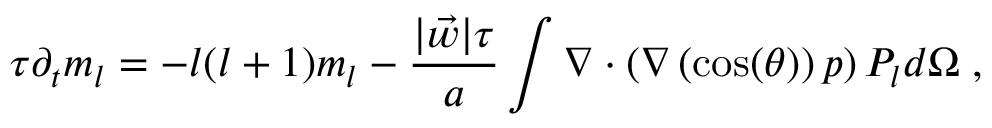
\tau \partial _ { t } m _ { l } = - l ( l + 1 ) m _ { l } - \frac { | \vec { w } | \tau } { a } \int \nabla \cdot \left( \nabla \left( \cos ( \theta ) \right) p \right) P _ { l } d \Omega \; ,